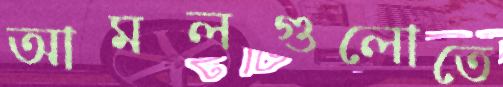
আমলগুলোতে